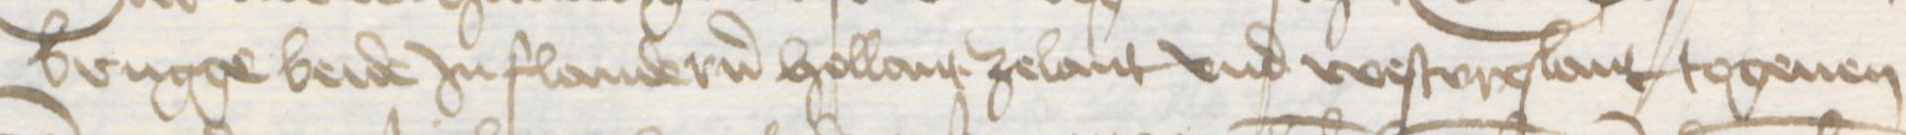
Transcription: Brugge beide Jn Flandern Hollant Zelant vnd Westvreslant togeuen